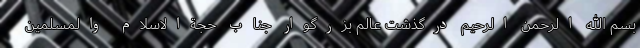
بسم الله الرحمن الرحیم درگذشت عالم بزرگوار جناب حجةالاسلام والمسلمین